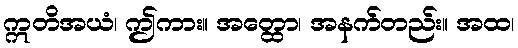
ဣတိအယံ၊ ဤကား။ အတ္ထော၊ အနက်တည်း။ အထ၊